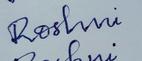
Signature authenticity: forged